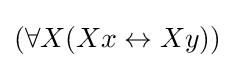
(\forall X(Xx\leftrightarrow Xy))